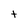
Character: t